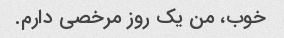
خوب، من یک روز مرخصی دارم.